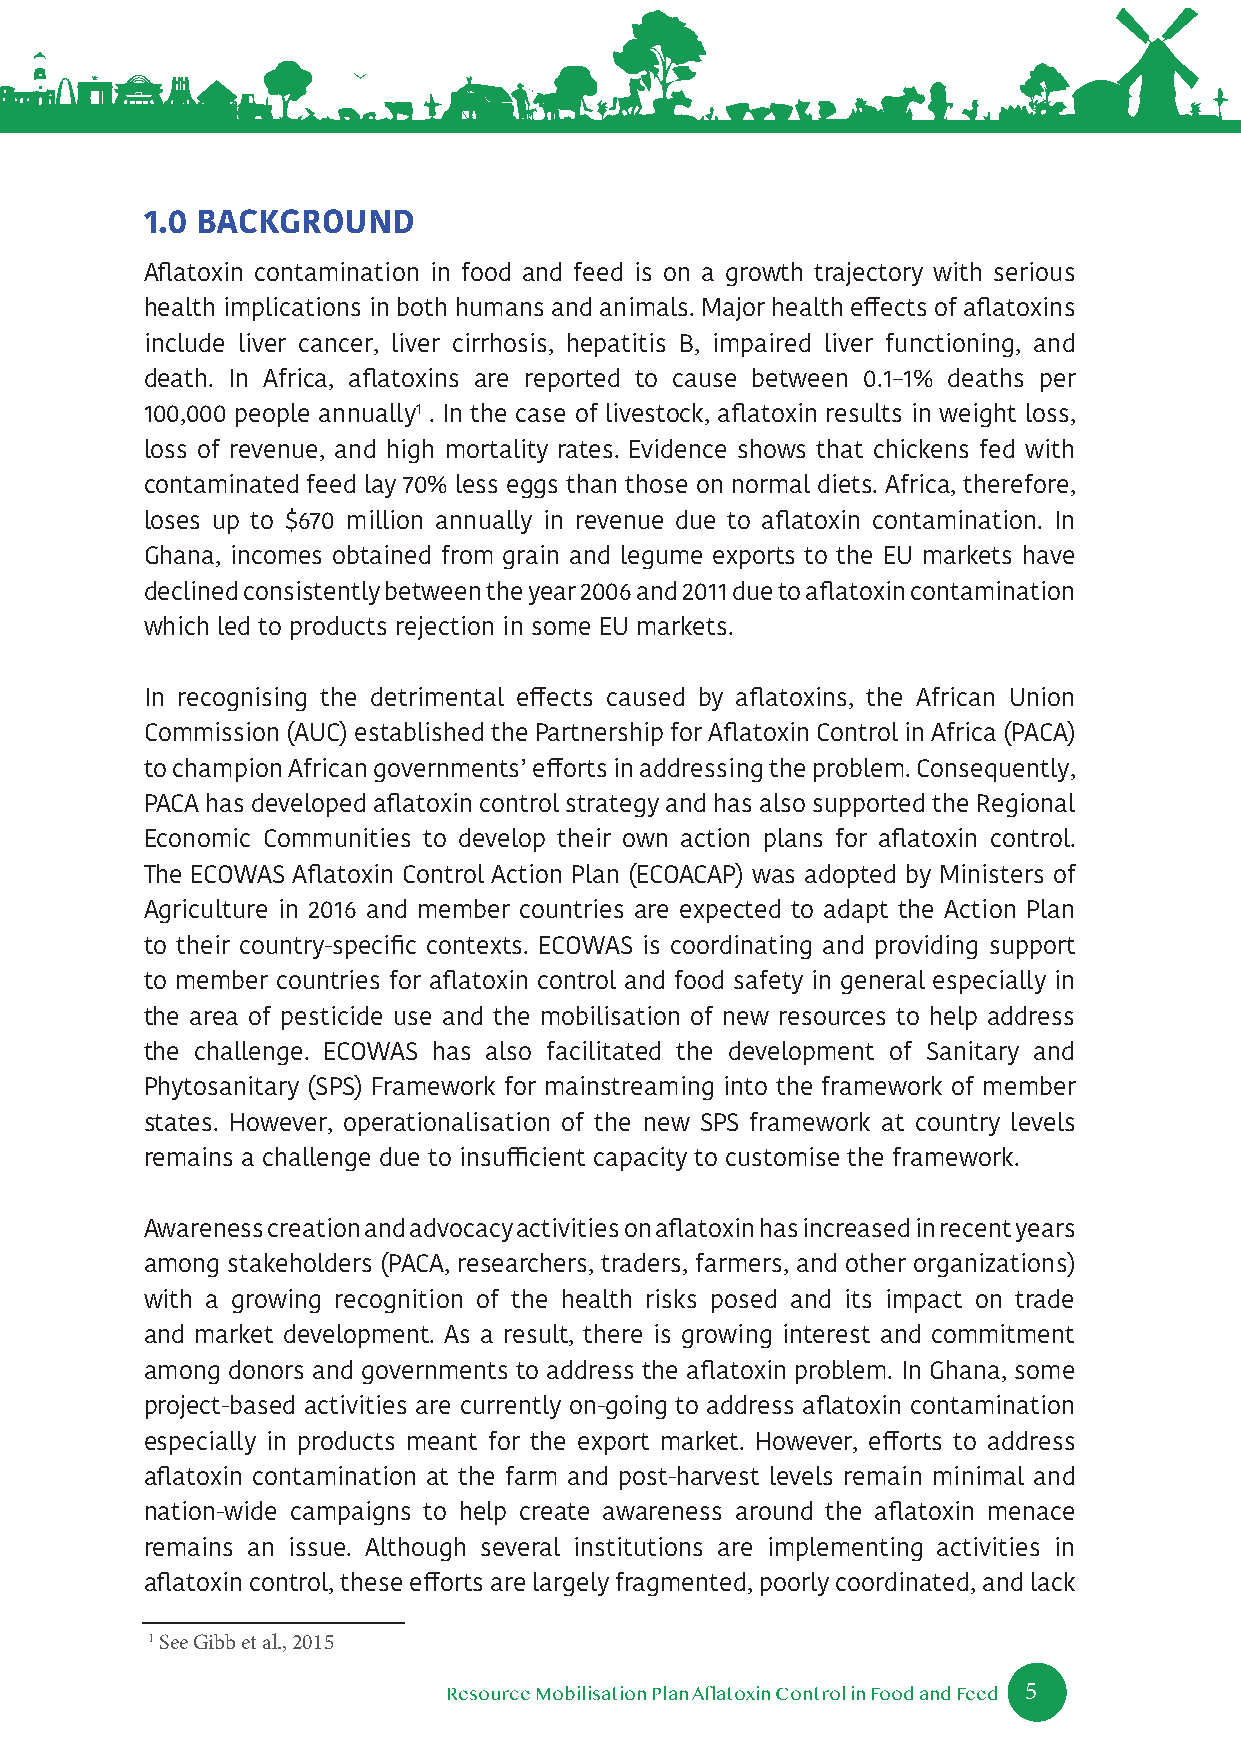
1.0 BACKGROUND
 Aflatoxin contamination in food and feed is on a growth trajectory with serious
 health implications in both humans and animals. Major health effects of aflatoxins
 include liver cancer, liver cirrhosis, hepatitis B, impaired liver functioning, and
 death. In Africa, aflatoxins are reported to cause between 0.1–1% deaths per
 100,000 people annually1 . In the case of livestock, aflatoxin results in weight loss,
 loss of revenue, and high mortality rates. Evidence shows that chickens fed with
 contaminated feed lay 70% less eggs than those on normal diets. Africa, therefore,
 loses up to $670 million annually in revenue due to aflatoxin contamination. In
 Ghana, incomes obtained from grain and legume exports to the EU markets have
 declined consistently between the year 2006 and 2011 due to aflatoxin contamination
 which led to products rejection in some EU markets.
 In recognising the detrimental effects caused by aflatoxins, the African Union
 Commission (AUC) established the Partnership for Aflatoxin Control in Africa (PACA)
 to champion African governments’ efforts in addressing the problem. Consequently,
 PACA has developed aflatoxin control strategy and has also supported the Regional
 Economic Communities to develop their own action plans for aflatoxin control.
 The ECOWAS Aflatoxin Control Action Plan (ECOACAP) was adopted by Ministers of
 Agriculture in 2016 and member countries are expected to adapt the Action Plan
 to their country-specific contexts. ECOWAS is coordinating and providing support
 to member countries for aflatoxin control and food safety in general especially in
 the area of pesticide use and the mobilisation of new resources to help address
 the challenge. ECOWAS has also facilitated the development of Sanitary and
 Phytosanitary (SPS) Framework for mainstreaming into the framework of member
 states. However, operationalisation of the new SPS framework at country levels
 remains a challenge due to insufficient capacity to customise the framework.
 Awareness creation and advocacy activities on aflatoxin has increased in recent years
 among stakeholders (PACA, researchers, traders, farmers, and other organizations)
 with a growing recognition of the health risks posed and its impact on trade
 and market development. As a result, there is growing interest and commitment
 among donors and governments to address the aflatoxin problem. In Ghana, some
 project-based activities are currently on-going to address aflatoxin contamination
 especially in products meant for the export market. However, efforts to address
 aflatoxin contamination at the farm and post-harvest levels remain minimal and
 nation-wide campaigns to help create awareness around the aflatoxin menace
 remains an issue. Although several institutions are implementing activities in
 aflatoxin control, these efforts are largely fragmented, poorly coordinated, and lack
 1 See Gibb et al., 2015
 5
 Resource Mobilisation Plan Aflatoxin Control in Food and Feed